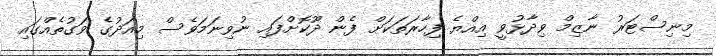
މިނިސްޓަރު ނާޒިމް ވިދާޅުވީ އިއްޔެ ފިހާރަތަކަށް ފެން ދޫކޮށްފައި ނުވިނަމަވެސް މިއަދުގެ ވަގުތެއްގައި